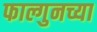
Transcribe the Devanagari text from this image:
फाल्गुनच्या